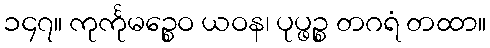
၁၄၇။ ကုင်္ကုမဉ္စေဝ ယဝန၊ ပုပ္ဖဉ္စ တဂရံ တထာ။